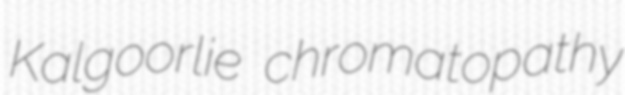
Kalgoorlie chromatopathy